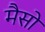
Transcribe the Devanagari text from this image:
मैसो